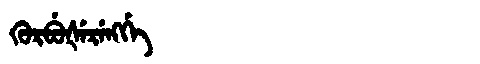
Manchu: ᡴᡠᡵᠪᡠᡧᡝᡵᡝᠩᡤᡝ
Romanization: KURBUŠERENGGE